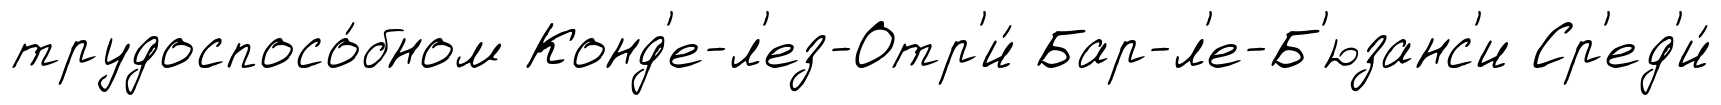
трудоспосо́бном Конд'е-л'ез-Отр'и́ Бар-л'е-Б'юзанс'и Ср'ед'и́